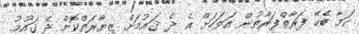
ކަމާ ބެހޭ ފަރާތްފަރާތުން އަވަހަށް އެ ދެ ޤައުމަށް ޒިޔާރަތްކޮށް ދެ ޤައުމު